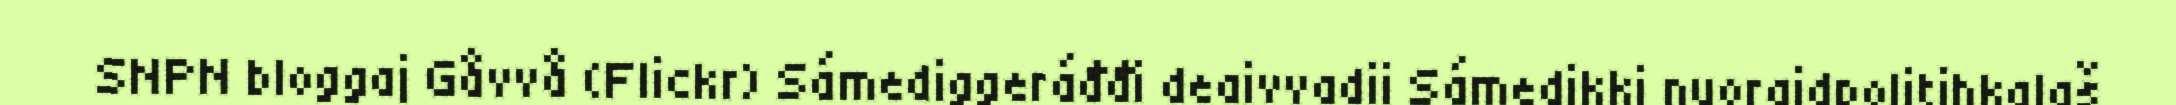
SNPN bloggaj Gåvvå (Flickr) Sámediggeráđđi deaivvadii Sámedikki nuoraidpolitihkalaš